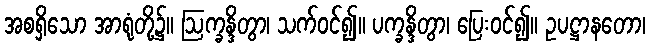
အစရှိသော အာရုံတို့၌။ ဩက္ခန္ဒိတွာ၊ သက်ဝင်၍။ ပက္ခန္ဒိတွာ၊ ပြေးဝင်၍။ ဥပဋ္ဌာနတော၊